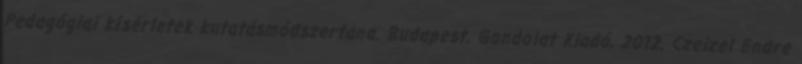
Pedagógiai kísérletek kutatásmódszertana. Budapest, Gondolat Kiadó, 2012. Czeizel Endre